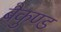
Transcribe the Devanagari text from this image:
बैकुण्ड